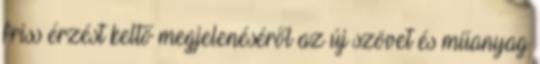
friss érzést keltő megjelenéséről az új szövet és műanyag